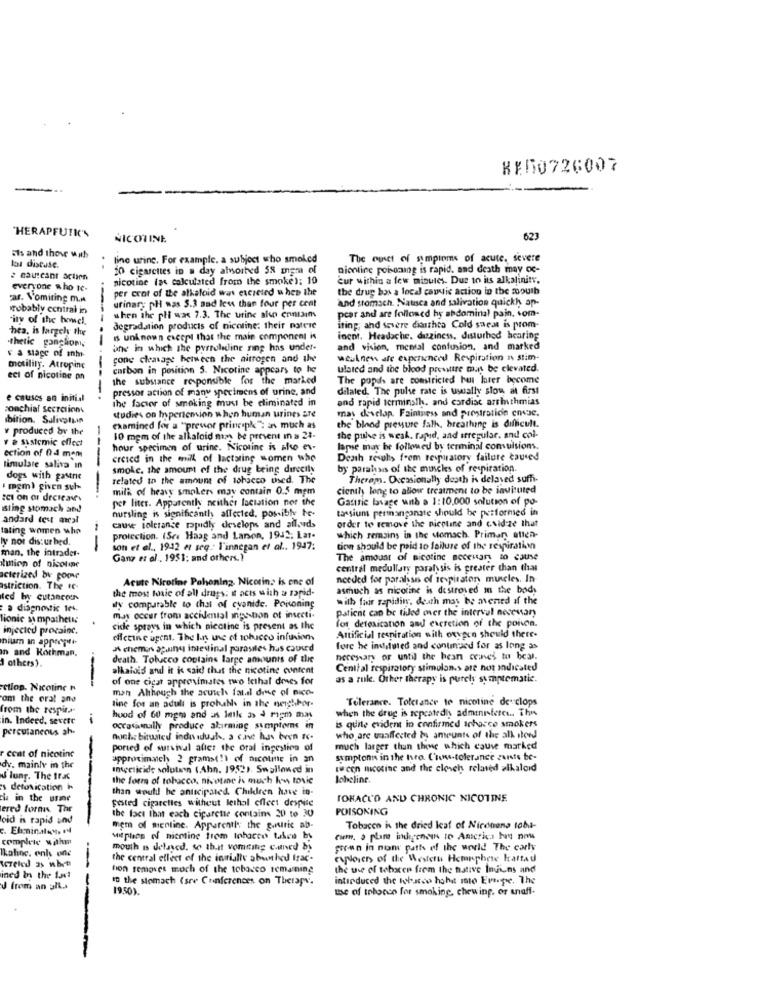
KED0726007
'HERAPFUIK'S
NICOTINE
623
sis and those wah
lino urine. For example, a subject who smoked
The rules of symptoms of acute, severe
los distuse.
10 cigarettes in a day alvorted 58 mgm of
nicotine poisoning is rapid, and death may oc-
e caulcant actien
nicotine (ss calculated from the smoke); 10
Cur within a few minutes. Due to its alkalinity.
everyone who te-
per cent of the alkaloid was excreted when the
the drug bos a local caustic action in the mouth
ar. Vomiting m.m
urinar; pH was 5.3 sad less than four per cent
and stomach. Nausea and salivation quickh op-
robably echtrai in
ity of the howel.
when the pHi was 7.3. The urine also contains
pcar and are followed by abdominal pain, som-
hea, is largely the
degradation products of nicotine: their notese
iting, and severe dianthta Cold saest is prom-
.thetic ganghome
--
is unknown except that the main component is
incot. Headache, dizziness, disturbed hearing
one in which the pyrroluline ring has under-
and vision, mental confusion, and marked
s a stage of anm
gone cleavage between the nitrogen and the
we.knew afe experienced Respiration n stim-
motility. Atropinc
---
carbon in position 5. Nicotine appears to he
ulated and the blood prewittre min be elevated.
eci of nicotine pn
the substance responsible for the marked
The popis are constricted but later become
pressor action of many specimens of urine, and
dilated. The pulse rate is usually slow at first
e causes an initial
the factor of smoking must be eliminated in
and rapid terminalh. and cardiac arrithmias
conchial secretions
ibition. Saligtuin
studies on Ipertemion when human urines are
mas desclap. Faintness and prostration casse.
v produced by the
examined for a "prevor principle": as much as
the blood pressure fath, breathing is difficult.
v e sustemic effect
10 mgm of the alkaloid nim be prevent in a 23-
the pulse is weak, rajud, and irregular. and col-
hour specimen of urine. Nicotine is also ev-
lame may be followed by terminal comuisions.
ection of 04 mem
creted in the will of lactating women who
Death results from respiratory failure caused
timulare saliva in
---
smoke, the amount of the drug being directly
by parahsis of the muscles of respiration.
dogs with gastric
related to the amount of tobacco used. The
Theram. Occasionally death is delaved suffi-
' mgm) given suh
milk of heavy smokers may contain 0.5 mgm
cienthy long to allow treatment to be invisuted
si on a decreav
per liter. Apparently neither lactation not the
Gastric brage with a 1:10,000 solution of po-
isting stomach and
nursling is significanth affected, possibly be-
tassium permanganate should be performed in
andard test meal
order to remove the nicotine and cvid-ze that
lating women who
cause tolerance rapidly develops and all.vds
ly nor dis: ur bed.
protection. (Sra Haag and Larson, 1942; Lar-
which remains in the stomach. Primary atten-
man. the intrader-
--
son et al ., 1942 et seq : l'innegan et al ., 1947:
tion should be paid to failure of the respiration
Ganz et al. 1951; and others.)
The amount of nicotine necesar io cause
mion of nicoline
central medullary paralysis is greater than that
acterized by poor
Acute Nicotine Pehening. Nicorin. is one of
needed for paralysis of ie piraten muscles. In
astriction. The IC
the most tonic of all draps; it acis with a rapid-
asmuch as nicotine is destroved in the body
ted by cutanceen
with fair rapidin, death mos be avened af the
a diagnostic 16%.
aly comparable to that of cyanide. Poisoning
Patient can be tided over the interval necesary
lionie sympathetic
may occur from accidental inge-bon of insecti-
for detoxication and excretion of the ponen.
injected procainc.
cide sprays in which picctine is present as the
nium in appropri-
effectne agent. The In use of tobacco infusion
Artificial respiration with oxypen should there-
In and Rothman,
A chemens apaing intestinal parasites hus caused
fore he instituted and continued for as long as
others).
death. Tobicco contains large amounts of the
necessary or until the hean crines to beal.
alkaloid and it is said that the nicotine content
Central respiratory stimulans are not indicated
of one cicat approximates two lethal drees for
as a rule. Other therapy is purely symptomatic.
etlop. Nicotine N
man Although the acuich fald die of nico-
om the oral and
line for an adult is prohubs in the neighbor.
"Tolerance. Tolerance te nicotine de- clops
from the respira
when the drug is repeatedly administeres .. This
in. Indeed, severe
hood of 60 mgm and as letk 3x 4 Ppm mas
is quite evident in confirmed tobacco smokers
percutaneous ah
occasannually produce alarming symptoms in
nucle bitales individush, a cave has been ic-
who are uoaffected by amounts of the all itend
cent of nicotinc
ported of survival afict the oral ingesting of
much larger than thene which cause marked
approximaich 2 grams(!) of nicoline in an
sumptoni in the theo. C'uns.tolerance garsto be-
dv. mainly in the
Imeclicide solutan (Ahn. 1952). Swallowed in
twee nicotine and the clench related alkaloid
d lung. The trac
the form of tobacco. nicotine is much how tovic
Jobeline.
's detoxication
than would he anticipated. Children have in-
cia in the urme
posted cigarettes witheut lethal effect despite
TOBACCO AND CHRONIC NICOTINE
ered forms. The
POISONING
loid is rapid an
the fact that each ciparctte contains 20 to 30
c. Elminatens 14
mem of mentine. Apparently the gauric ab-
Tobacco in the dried loaf of Nicotiana tobut-
complete withm
uplios of nicotine from tobacco taken by
cum, o plam ingenen to America has now
mouth is delased, so that vomiting cuned by
firen in nom path of the world The carly
kalinc. only one
the central elleet of the ingiulie abunhed Irac-
cuplover of the Westett Hempphere kattad
tion removes moch of the tobacco remaining
the use of tehacen from the native Injiuns and
ined in the fact
to the stomach (sre Conferences on Therapy.
intirduced the tobacco hohe mo Everpe. The
J from an ult ...
1950).
me of totocco for smoking, chewing, or unaff.
---